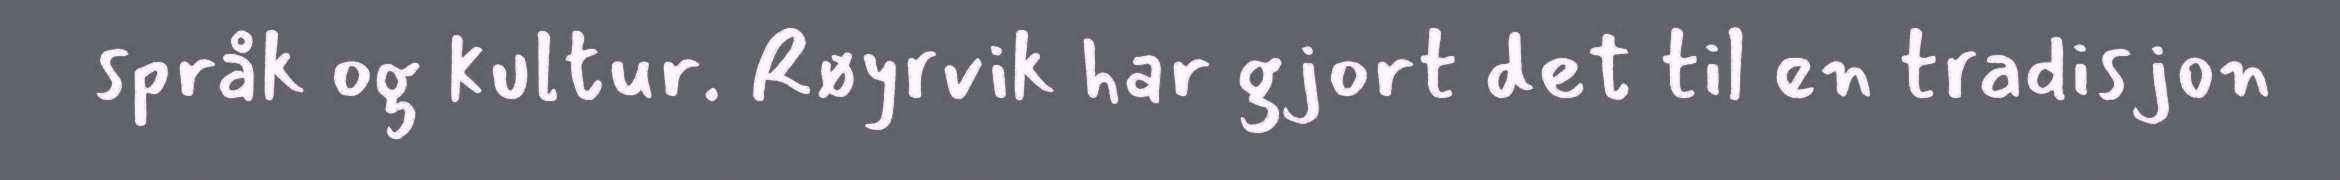
språk og kultur. Røyrvik har gjort det til en tradisjon